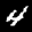
Label: 4